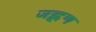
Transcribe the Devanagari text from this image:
जह्लण